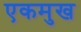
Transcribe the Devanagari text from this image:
एकमुख